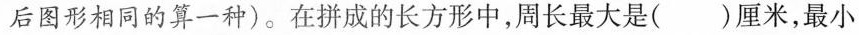
后图形相同的算一种)。在拼成的长方形中，周长最大是()厘米，